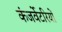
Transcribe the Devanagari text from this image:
कंजर्वेटरियों